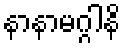
နာနာမဂ္ဂါနိ